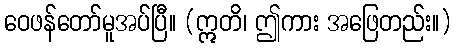
ဝေဖန်တော်မူအပ်ပြီ။ (ဣတိ၊ ဤကား အဖြေတည်း။)